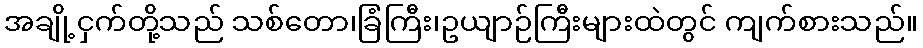
အချို့ငှက်တို့သည် သစ်တော၊ခြံကြီး၊ဥယျာဉ်ကြီးများထဲတွင် ကျက်စားသည်။